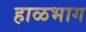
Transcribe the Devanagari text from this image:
हाळभाग